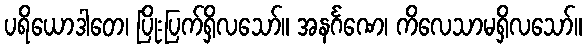
ပရိယောဒါတေ၊ ပြိုးပြက်ရှိလသော်။ အနင်္ဂဏေ၊ ကိလေသာမရှိလသော်။